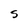
Character: S